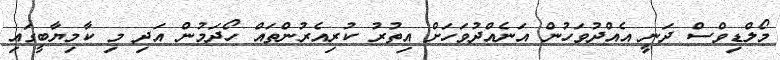
މޯލްޑިވްސް ދަނީ އެއްދުވަހުން އަނެއްދުވަހަށް އިތުރު ކުރިއެރުންތައް ހޯދަމުން އަދި މި ކާމިޔާބީގައި